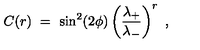
C ( r ) \ = \ \sin ^ { 2 } ( 2 \phi ) \left( \frac { \lambda _ { + } } { \lambda _ { - } } \right) ^ { r } \ ,